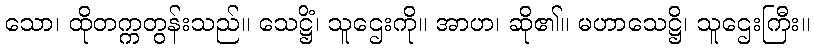
သော၊ ထိုတက္ကတွန်းသည်။ သေဋ္ဌိံ၊ သူဌေးကို။ အာဟ၊ ဆို၏။ မဟာသေဋ္ဌိ၊ သူဌေးကြီး။